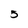
Character: 5